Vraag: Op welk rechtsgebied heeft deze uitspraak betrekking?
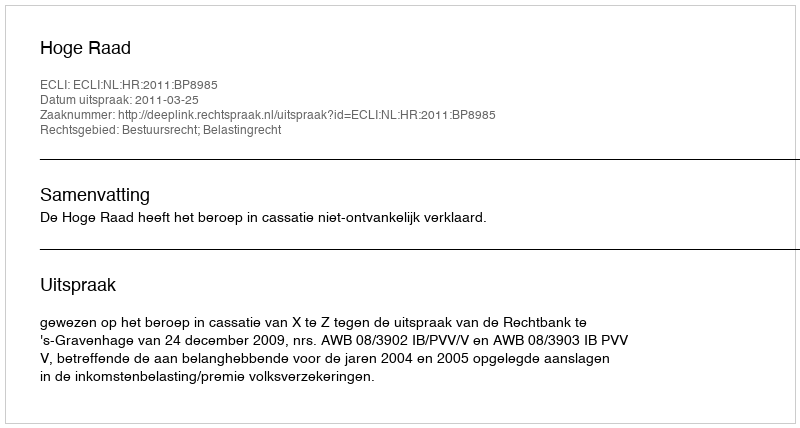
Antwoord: Bestuursrecht; Belastingrecht